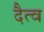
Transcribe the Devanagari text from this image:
दैत्व